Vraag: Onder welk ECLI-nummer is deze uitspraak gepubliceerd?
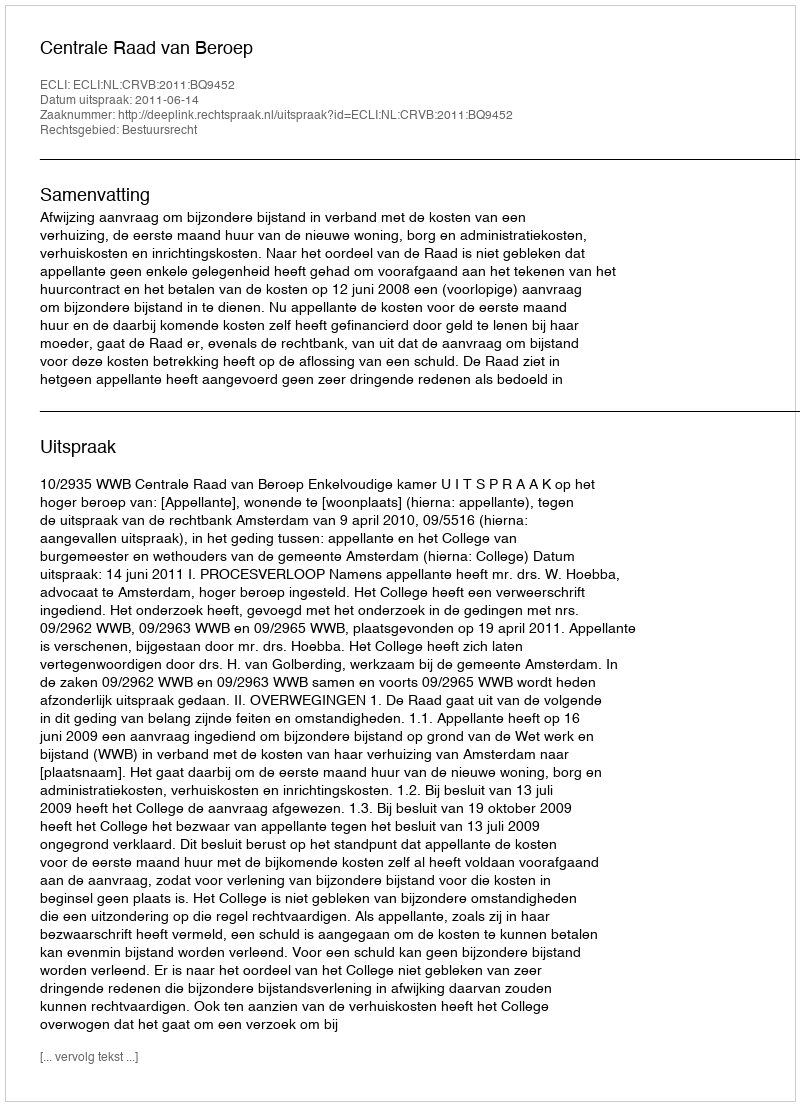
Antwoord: ECLI:NL:CRVB:2011:BQ9452